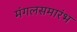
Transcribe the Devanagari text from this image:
मंगलसमारंभ